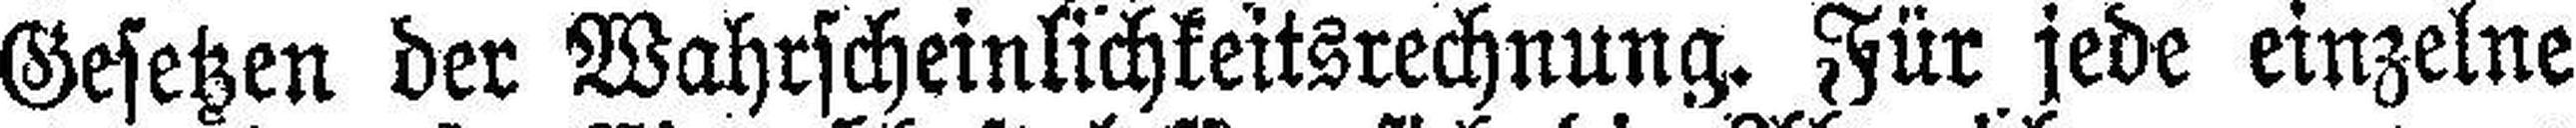
Gesetzen der Wahrscheinlichkeitsrechnung. Für jede einzelne